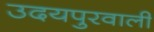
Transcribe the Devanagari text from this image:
उदयपुरवाली